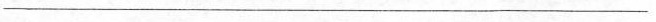
___